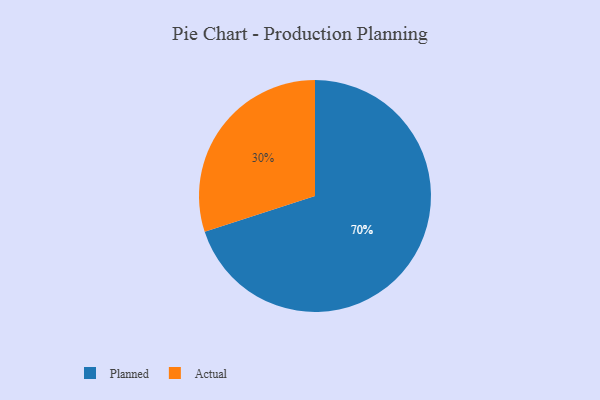
{"axis": {"x": "Category", "y": "Percentage"}, "legend": ["Actual", "Planned"], "data": [{"x": "Actual", "y": 30, "type": "Actual"}, {"x": "Planned", "y": 70, "type": "Planned"}]}